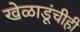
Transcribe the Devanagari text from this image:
खेळाडूंचीही